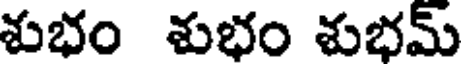
శుభం శుభం శుభమ్